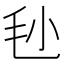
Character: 毜